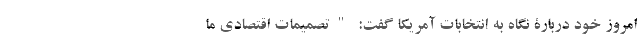
امروز خود دربارۀ نگاه به انتخابات آمریکا گفت: "تصمیمات اقتصادی ما